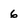
Character: 6